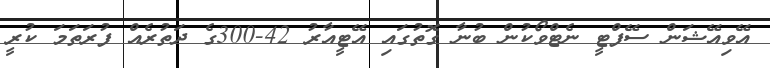
އޭވިއޭޝަން ސޭފްޓީ ނެޓްވޯކުން ބުނާ ގޮތުގައި އޭޓީއާރު 42-300ގެ ދަތުރެއް ފުރަތަމަ ކުރީ